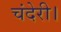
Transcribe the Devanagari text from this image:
चंदेरी।